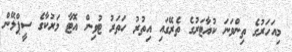
މިއަހަރުގެ ތިންވަނަ ކުއާޓަރުގެ ތެރޭގައި އިތުރު ހަތަރު ޓުވިން އޮޓާ މަރުކާގެ ސީޕްލޭން